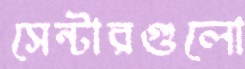
সেন্টারগুলো